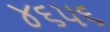
૪૬૫૬